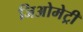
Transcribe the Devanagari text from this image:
जिअोमेट्री